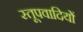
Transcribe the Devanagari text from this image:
स्तूपवादियों